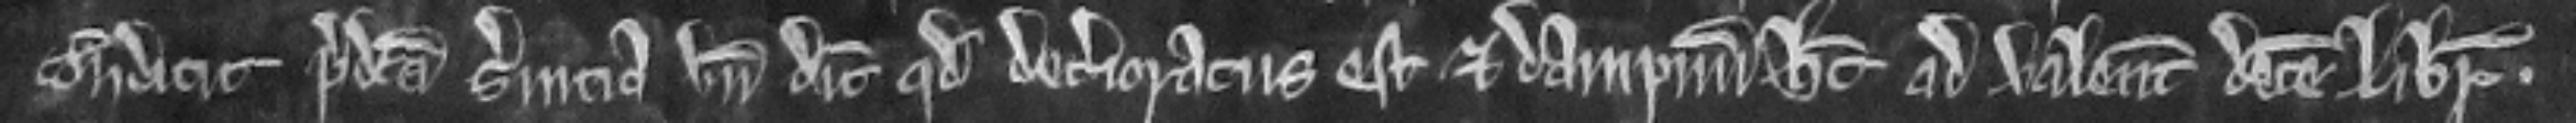
contradicit predicta servicia unde dicit quod deterioratus est et dampnum habet ad valenciam decem librarum.